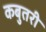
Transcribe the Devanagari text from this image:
कबुतरी